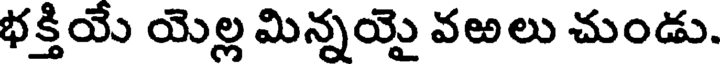
భక్తియే యెల్ల మిన్నయై వఱలు చుండు.